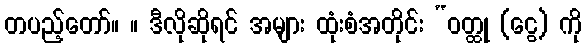
တပည့်တော်။ ။ ဒီလိုဆိုရင် အများ ထုံးစံအတိုင်း “ဝတ္ထု (ငွေ) ကို